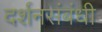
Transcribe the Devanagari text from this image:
दर्शनसंबंधी